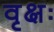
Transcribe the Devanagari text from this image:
वृक्षः